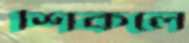
শিকলে